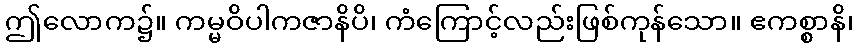
ဤလောက၌။ ကမ္မဝိပါကဇာနိပိ၊ ကံကြောင့်လည်းဖြစ်ကုန်သော။ ဧကစ္စာနိ၊